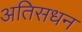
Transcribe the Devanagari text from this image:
अतिसधन